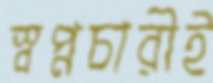
স্বপ্নচারীই